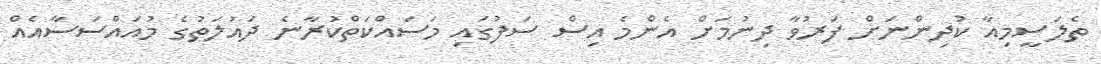
ތެލަސީމިއާ ކުދިންނަށް ފަރުވާ ދިނުމަށް އެންމެ އިސް ސަފުގައި މަސައްކަތްކުރާނެ ދައުލަތުގެ މުއައްސަސާއެއް